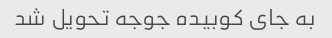
به جای کوبیده جوجه تحویل شد